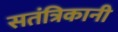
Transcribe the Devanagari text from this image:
सतंत्रिकानी